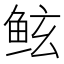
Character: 𱇢